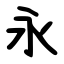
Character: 永